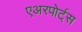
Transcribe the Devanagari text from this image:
एअरपोर्ट्‌स